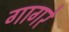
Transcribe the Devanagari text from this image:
गागरे